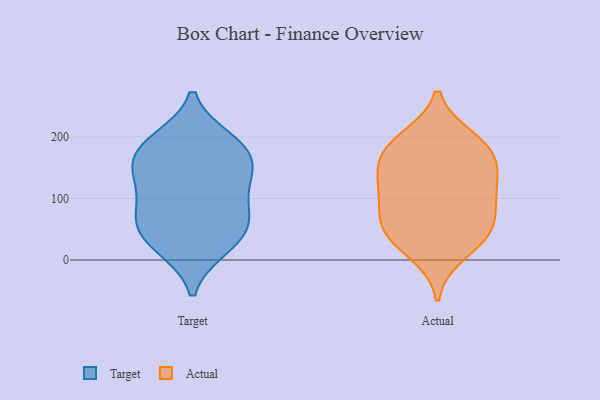
{"axis": {"x": "Revenue (USD Million)", "y": "Value"}, "legend": ["Actual", "Target"], "data": [{"x": "", "y": 64, "type": "Target"}, {"x": "", "y": 152, "type": "Target"}, {"x": "", "y": 86, "type": "Target"}, {"x": "", "y": 194, "type": "Target"}, {"x": "", "y": 140, "type": "Target"}, {"x": "", "y": 77, "type": "Target"}, {"x": "", "y": 54, "type": "Target"}, {"x": "", "y": 19, "type": "Target"}, {"x": "", "y": 124, "type": "Target"}, {"x": "", "y": 177, "type": "Target"}, {"x": "", "y": 177, "type": "Target"}, {"x": "", "y": 47, "type": "Target"}, {"x": "", "y": 19, "type": "Target"}, {"x": "", "y": 196, "type": "Target"}, {"x": "", "y": 134, "type": "Target"}, {"x": "", "y": 102, "type": "Actual"}, {"x": "", "y": 48, "type": "Actual"}, {"x": "", "y": 191, "type": "Actual"}, {"x": "", "y": 197, "type": "Actual"}, {"x": "", "y": 11, "type": "Actual"}, {"x": "", "y": 44, "type": "Actual"}, {"x": "", "y": 171, "type": "Actual"}, {"x": "", "y": 103, "type": "Actual"}, {"x": "", "y": 175, "type": "Actual"}, {"x": "", "y": 110, "type": "Actual"}, {"x": "", "y": 145, "type": "Actual"}, {"x": "", "y": 46, "type": "Actual"}, {"x": "", "y": 141, "type": "Actual"}, {"x": "", "y": 60, "type": "Actual"}]}